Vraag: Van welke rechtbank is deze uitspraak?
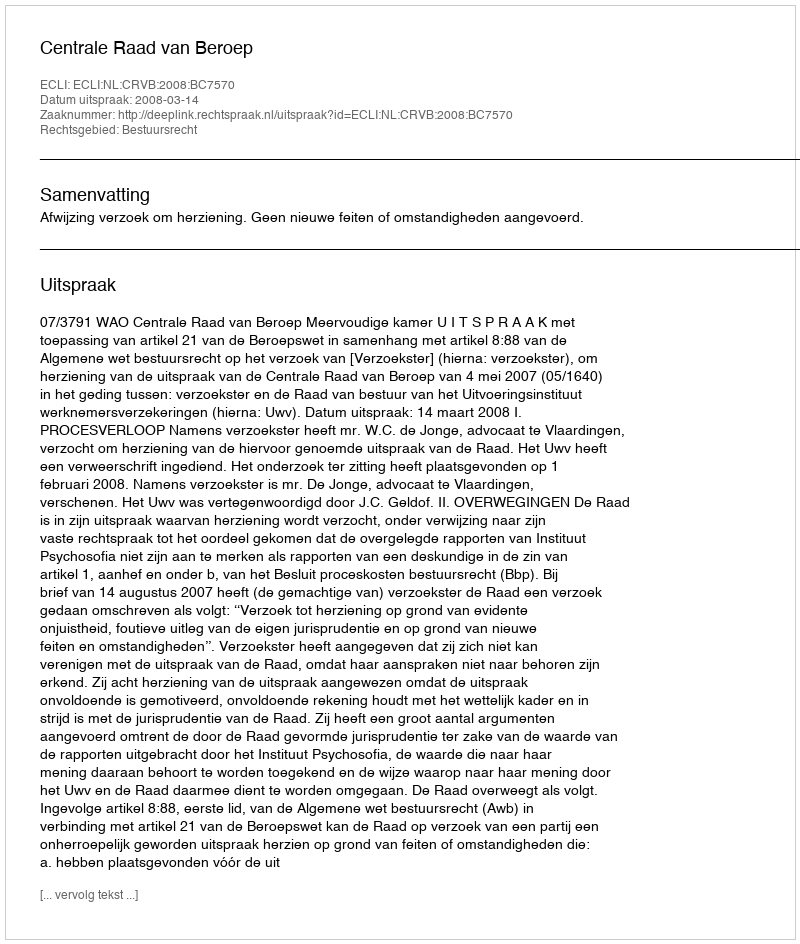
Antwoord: Centrale Raad van Beroep